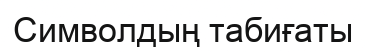
Символдың табиғаты